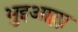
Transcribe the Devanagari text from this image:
भुइआम्ला